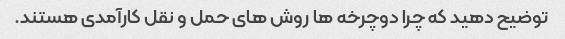
توضیح دهید که چرا دوچرخه ها روش های حمل و نقل کارآمدی هستند.